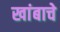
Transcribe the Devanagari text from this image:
खांबाचे